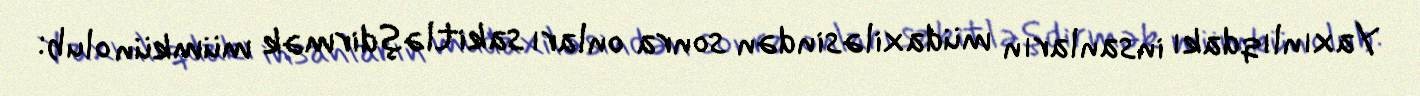
Yaxınlıqdakı insanların müdaxiləsindən sonra onları sakitləşdirmək mümkün olub: